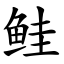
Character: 鲑